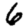
Digit: 6